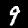
Label: 9